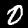
Label: 0